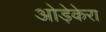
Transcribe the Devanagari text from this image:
ओड़ेकेरा